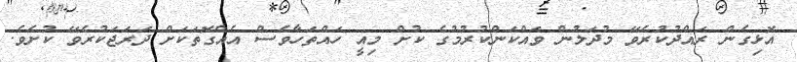
އޮޅިގެން ރައްދުކުރެވޭ މުދަލުން ވައްކަންކުރުމުގެ ކުށް މިއީ ހައްތަހާވެސް އެއްގޮތަކަށް ދަރަޖަކުރެވޭ ކުށެވެ.